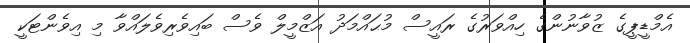
އެމްޑީޕީގެ ޒުވާނުންގެ ހިއްވަރުގެ ރައީސް މުޙައްމަދު އަޒްމީލް ވެސް ބައިވެރިވެލައްވާ މި އިވެންޓަކީ